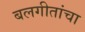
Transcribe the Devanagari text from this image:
बलगीतांचा